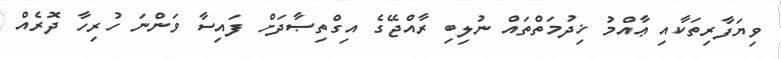
ވިޔަފާރިތަކާއި ޢާއްމު ޚިދުމަތްތައް ނުލިބި ރާއްޖޭގެ އިގްތިޞާދަށް ފައިސާ ވަންނަ ހުރިހާ ދޮރެއް